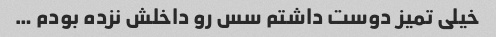
خیلی تمیز دوست داشتم سس رو داخلش نزده بودم …